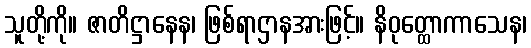
သူတို့ကို။ ဇာတိဋ္ဌာနေန၊ ဖြစ်ရာဌာနအားဖြင့်။ နိဝုတ္ထောကာသေန၊